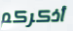
أذكركم